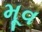
મૂવ